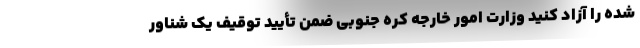
شده را آزاد کنید وزارت امور خارجه کره جنوبی ضمن تأیید توقیف یک شناور